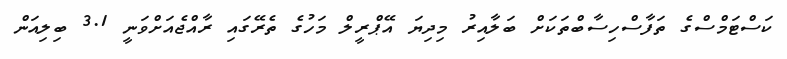
ކަސްޓަމްސްގެ ތަފާސްހިސާބްތަކަށް ބަލާއިރު މިދިޔަ އޭޕްރީލް މަހުގެ ތެރޭގައި ރާއްޖެއަށްވަނީ 3.1 ބިލިއަން